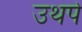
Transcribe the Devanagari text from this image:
उथपे